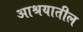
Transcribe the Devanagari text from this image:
आश्रयातील